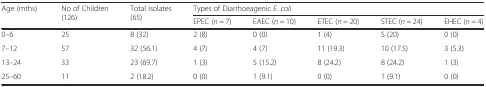
<table><thead><tr><td rowspan="2"><b>Age (mths)</b></td><td rowspan="2"><b>No of Children (126)</b></td><td rowspan="2"><b>Total isolates (65)</b></td><td colspan="5"><b>Types of Diarrhoeagenic <i>E. coli</i></b></td></tr><tr><td><b>EPEC (<i>n</i> = 7)</b></td><td><b>EAEC (<i>n</i> = 10)</b></td><td><b>ETEC (<i>n</i> = 20)</b></td><td><b>STEC (<i>n</i> = 24)</b></td><td><b>EHEC (<i>n</i> = 4)</b></td></tr></thead><tbody><tr><td>0–6</td><td>25</td><td>8 (32)</td><td>2 (8)</td><td>0 (0)</td><td>1 (4)</td><td>5 (20)</td><td>0 (0)</td></tr><tr><td>7–12</td><td>57</td><td>32 (56.1)</td><td>4 (7)</td><td>4 (7)</td><td>11 (19.3)</td><td>10 (17.5)</td><td>3 (5.3)</td></tr><tr><td>13–24</td><td>33</td><td>23 (69.7)</td><td>1 (3)</td><td>5 (15.2)</td><td>8 (24.2)</td><td>8 (24.2)</td><td>1 (3)</td></tr><tr><td>25–60</td><td>11</td><td>2 (18.2)</td><td>0 (0)</td><td>1 (9.1)</td><td>0 (0)</td><td>1 (9.1)</td><td>0 (0)</td></tr></tbody></table>